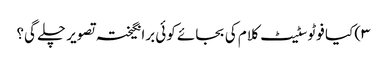
۳) کیا فوٹوسٹیٹ کلام کی بجائے کوئی برانگیختہ تصویر چلے گی؟